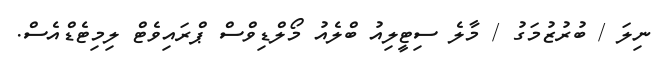
ނިލަ / ބުރުޒުމަގު / މާލެ ސިޓީލިއު ބްލެއު މޯލްޑިވްސް ޕްރައިވެޓް ލިމިޓެޑްއެސް.